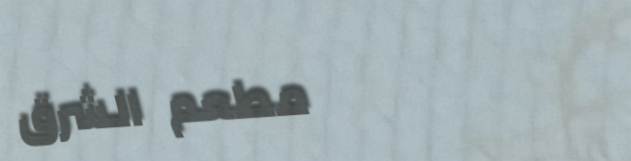
مطعم الشرق